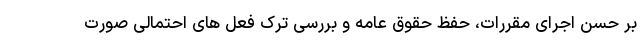
بر حسن اجرای مقررات، حفظ حقوق عامه و بررسی ترک فعل های احتمالی صورت